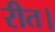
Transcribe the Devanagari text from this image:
रीत।